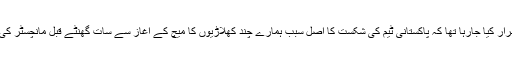
گھرلوٹا تو سوشل میڈیا پر وائرل ہوئی ایک وڈیو کے ذریعے اصرار کیا جارہا تھا کہ پاکستانی ٹیم کی شکست کا اصل سبب ہمارے چند کھلاڑیوں کا میچ کے آغاز سے سات گھنٹے قبل مانچسٹر کی ایک ’’شیشہ بار‘‘ میں جمع ہوکر دھوئیں کے مرغولے اڑانا تھا۔